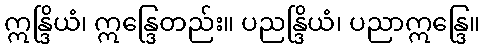
ဣန္ဒြိယံ၊ ဣန္ဒြေတည်း။ ပညန္ဒြိယံ၊ ပညာဣန္ဒြေ။